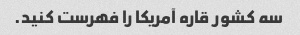
سه کشور قاره آمریکا را فهرست کنید.